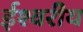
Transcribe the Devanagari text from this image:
र्इश्वरीय